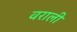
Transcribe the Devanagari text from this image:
वराली